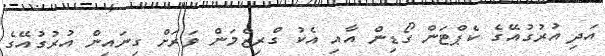
އަދި އުރުގުއޭގެ ކެޕްޓަން ގޯޑިން އާއި އެކު ގްރިޒްމަން ވަރަށް ގިނައިން އުރުގުއޭގެ